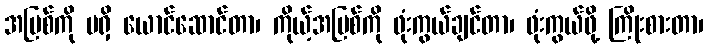
အပြစ်ကို မရှိ ယောင်ဆောင်တာ၊ ကိုယ့်အပြစ်ကို ဖုံးကွယ်ချင်တာ၊ ဖုံးကွယ်ဖို့ ကြိုးစားတာ၊